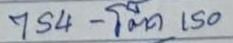
754 - โต๊ด 150